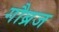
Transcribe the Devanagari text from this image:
गौब्रज